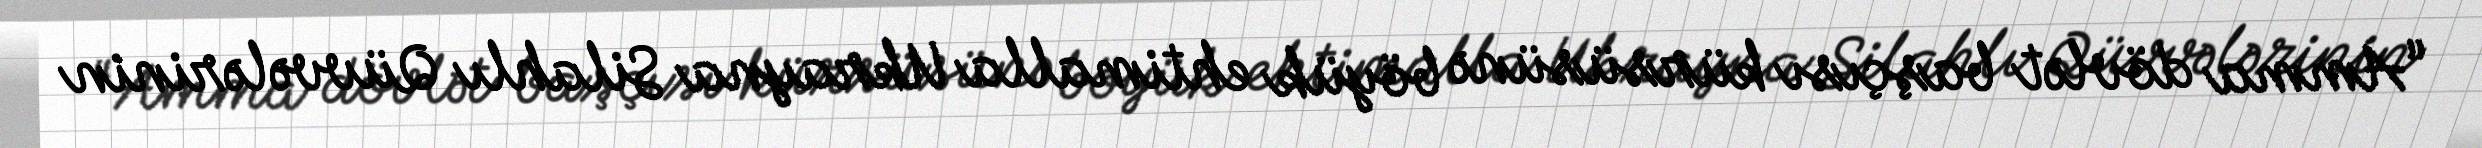
“Amma dövlət başçısı kürsüsünə böyük ehtimalla Ukrayna Silahlı Qüvvələrinin